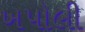
ખપોલી